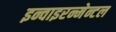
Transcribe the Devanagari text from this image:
इन्वाइरन्मेन्टल